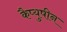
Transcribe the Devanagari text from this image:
कैप्युषीन